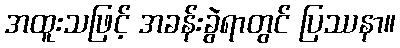
အထူးသဖြင့် အခန်းခွဲရာတွင် ပြဿနာ။